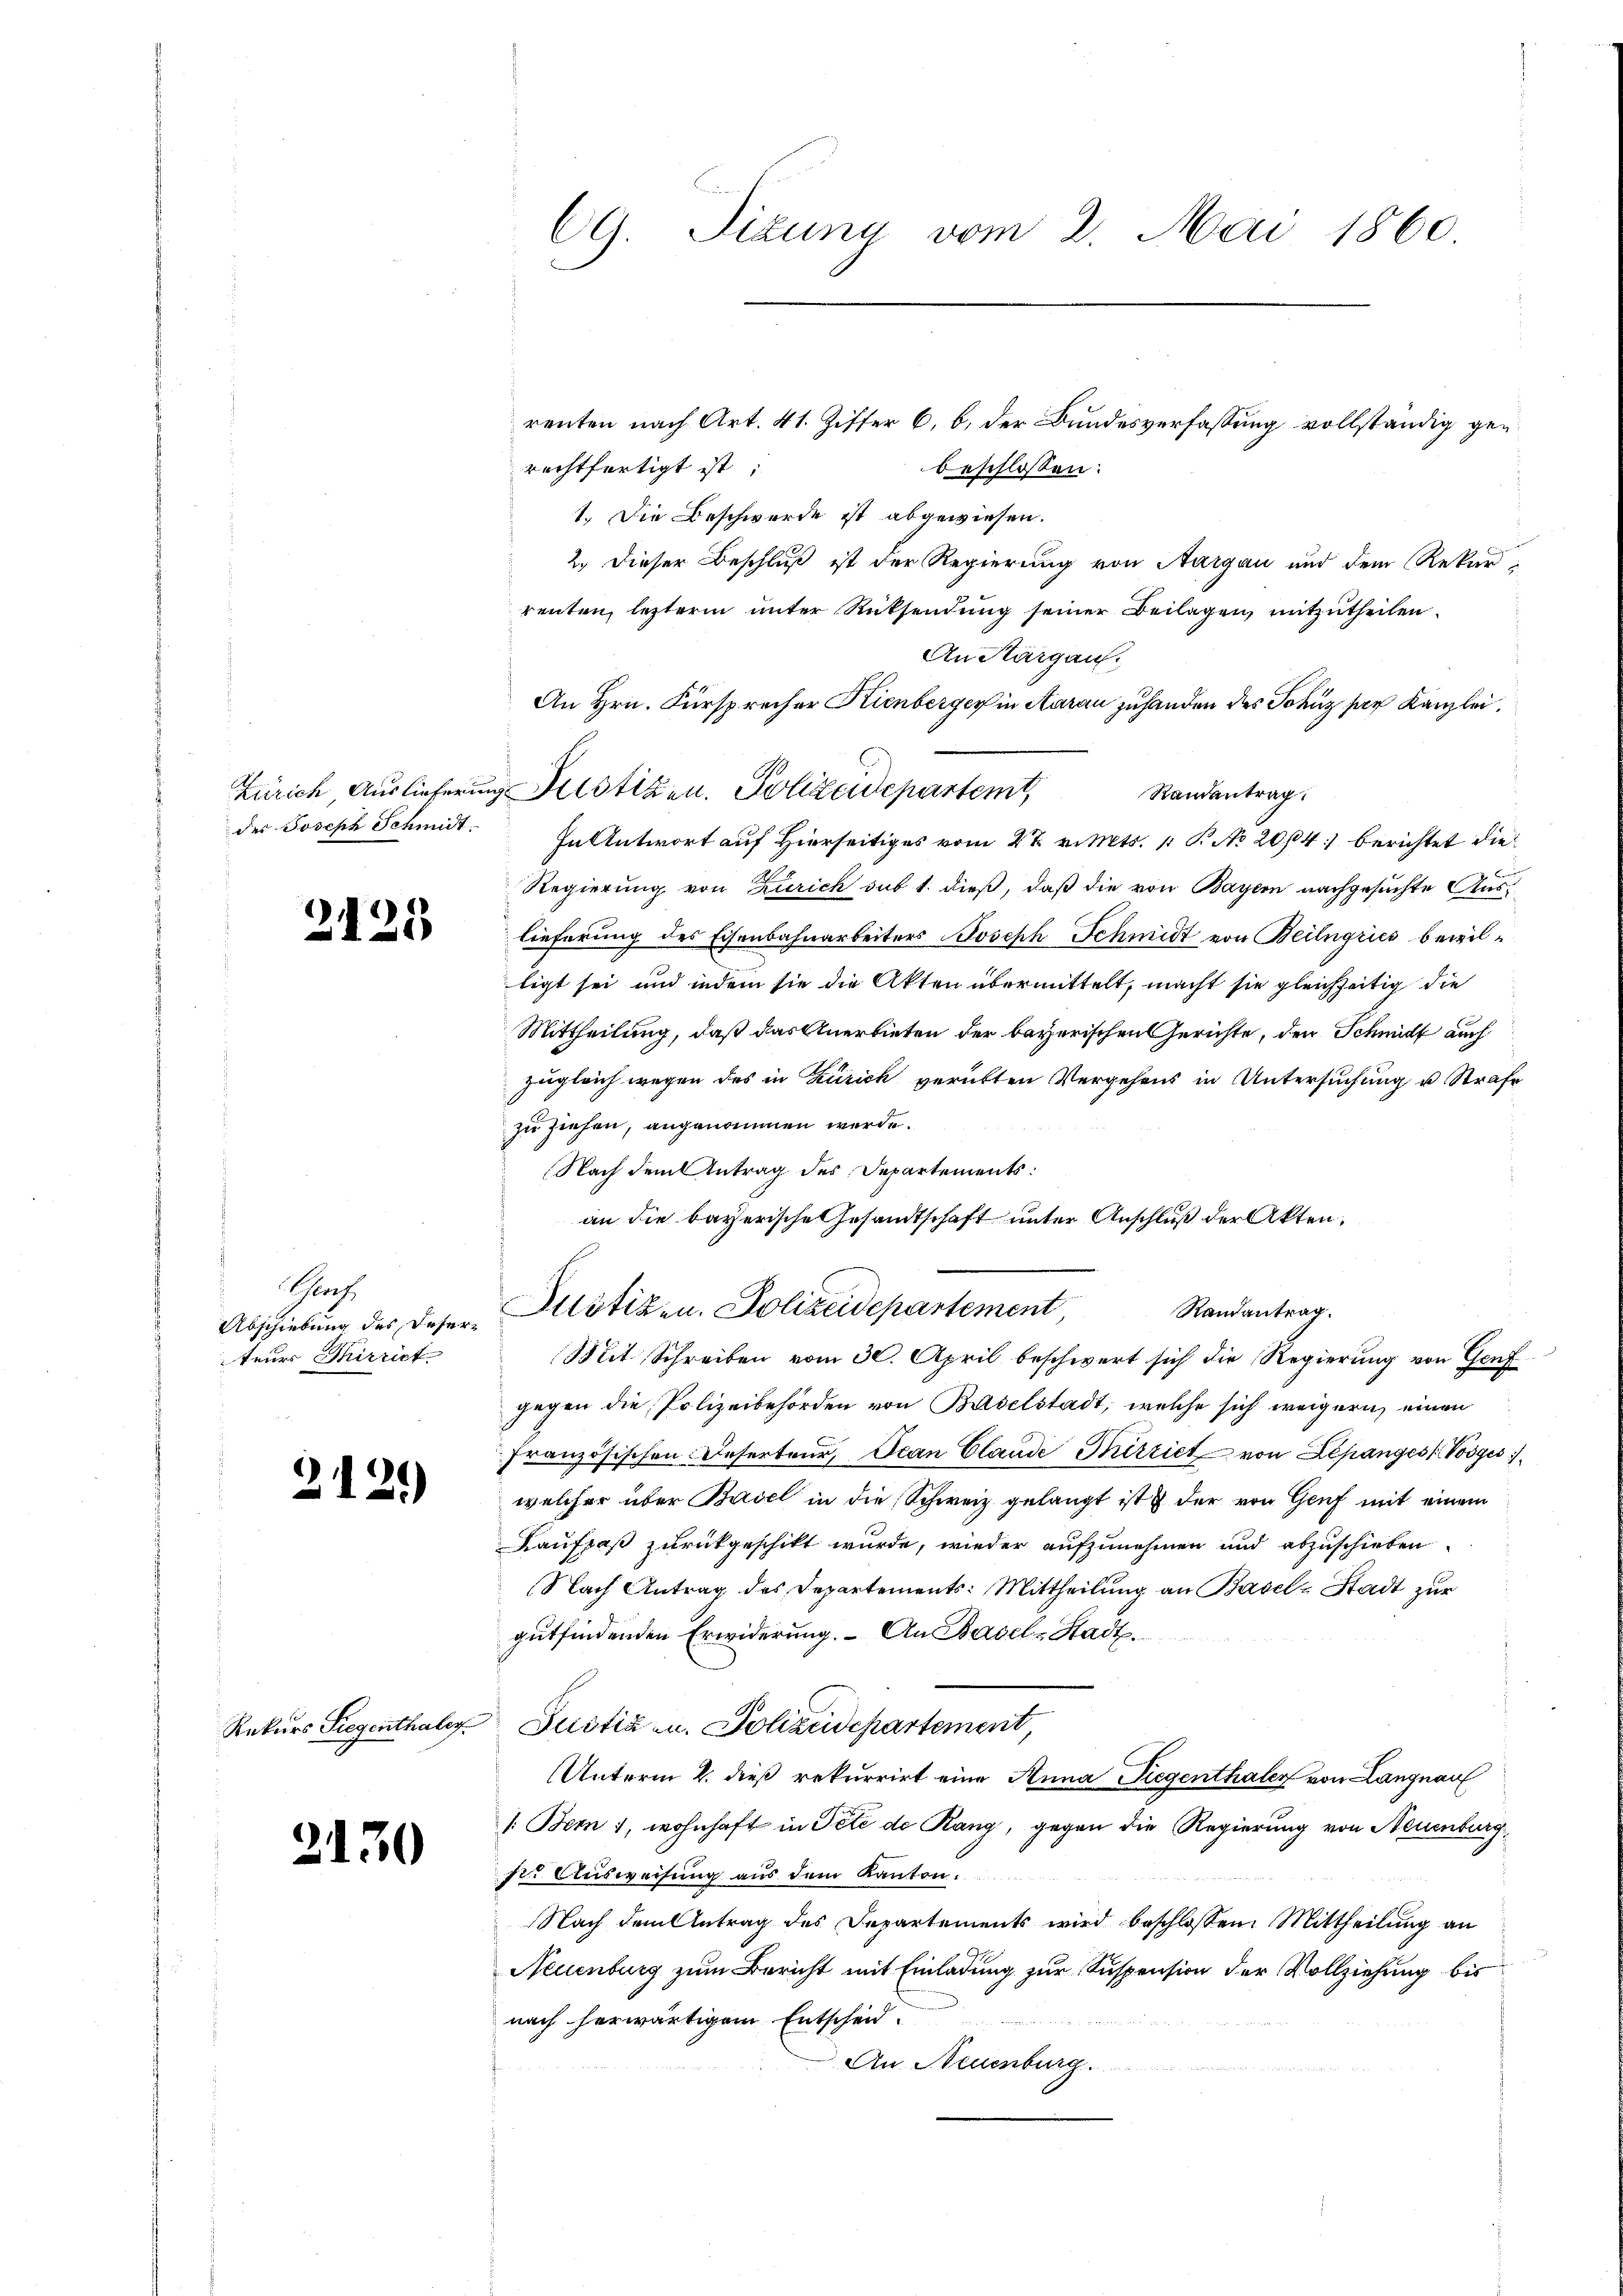
des Joseph Schmidt.

c

2125

Schlach.
Abschiebung des Deserteurs Birrich

139

Rekurs Siegenthaler.

2130

CG. Sizung vom 2. Mai 1860

renten nach Art. 41. Ziffer 6. b. der Bundesverfassung vollständig gen
rechtfertigt ist;
beschlossen:
1. Die Beschwerde ist abgewiesen.
2.) Dieser Beschluß ist der Regierung von Aargau und dem Rekur-
renten, letzterm unter Rücksendung seiner Beilagen, mitzutheilen.
An Thurgau.
An Hrn. Fürsprocher Kienberger in Aarau zuhanden des Johnz per Kanzlei
Randantrag:
In Antwort auf Hierseitiges vom 27. v. Mts. 1 P. No 2064) berichtet die
Regierung von Zürich sub 1. dieß, daß die von Bayern nachgesuchte Auslieferung des Eisenbahnarbeiters Joseph Schmidt von Beilngries bewilligt sei und indem sie die Akten übermittelt, macht sie gleichzeitig die
Mittheilung, daß das Anerbieten der bayerischen Gerichte, den Schmidt auch
zugleich wegen des in Zürich verübten Vergehens in Untersuchung u. Strafe
zu ziehen, angenommen werde.
Nach dem Antrag des Departements:
an die bayerische Gesandtschaft unter Anschluß der Akten,
Potizen. Polizeidepartement Randantrag.
Mit Schreiben vom 30. April beschwert sich die Regierung von Genf
gegen die Polizeibehörden von Baselstadt, welche sich weigern einen
französischen Deserteur, Jean Claude Thirriet von Lepanges Pospis
welcher über Basel in die Schweiz gelangt ist der von Genf mit einem
Kaufpaß zurückgeschikt wurde, wieder aufzunehmen und abzuschieben.
Nach Antrag des Departements: Mittheilung an Basel-Stadt zur
gutfindenden Erwiderung. – An Basel-Stadt¬
Justiz u. Polizeidepartement,
Unterm 2. dieß rekurrirt eine Anna Siegenthaler von Langnau
/. Bern 1, wohnhaft in Pete de Rang, gegen die Regierung von Neuenburg,
hr. Ausweisung aus dem Kanton.
Nach dem Antrag des Departements wird beschlossen: Mittheilung an
Neuenburg zum Bericht mit Einladung zur Suspension der Vollziehung bis
nach herwärtigem Entscheid
An Neuenburg.

Zürich Auslieferung Fristigen. Polizeidepartemt,